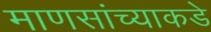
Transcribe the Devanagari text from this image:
माणसांच्याकडे